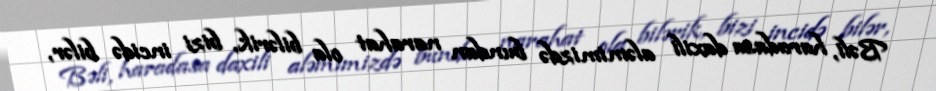
Bəli, haradasa daxili aləmimizdə bundan narahat ola bilərik, bizi incidə bilər,